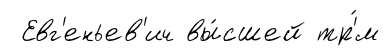
Евг'еньев'ич вы́сшей тр'́м